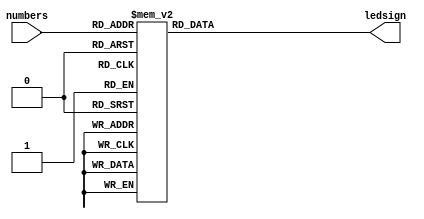
module showLED(numbers,ledsign);
//8bitled
//7..0 a..h
	input[3:0] numbers;
	output reg[7:0] ledsign;
	always @(numbers) begin
		case(numbers[3:0])     //abcd_efgh
			4'b0000:ledsign[7:0]=8'b0000_0011;
			4'b0001:ledsign[7:0]=8'b1001_1111;
			4'b0010:ledsign[7:0]=8'b0010_0101;
			4'b0011:ledsign[7:0]=8'b0000_1101;
			4'b0100:ledsign[7:0]=8'b1001_1001;
			4'b0101:ledsign[7:0]=8'b0100_1001;
			4'b0110:ledsign[7:0]=8'b0100_0001;
			4'b0111:ledsign[7:0]=8'b0001_1111;
			4'b1000:ledsign[7:0]=8'b0000_0001;
			4'b1001:ledsign[7:0]=8'b0000_1001;
			4'b1010:ledsign[7:0]=8'b1111_1111;
			default:ledsign[7:0]=8'b1111_1101;
			endcase
			end
endmodule